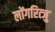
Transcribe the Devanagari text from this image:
लोंगरित्जु